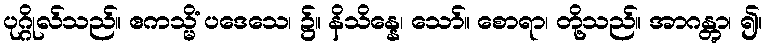
ပုဂ္ဂိုလ်သည်။ ဧကသ္မိံ ပဒေသေ၊ ၌။ နိသိန္နေ၊ သော်။ စောရာ၊ တို့သည်။ အာဂန္တွာ၊ ၍။